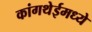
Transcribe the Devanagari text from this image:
कांगथेईमध्ये